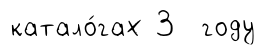
катало́гах 3 году